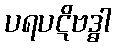
ပရပဋိဗဒ္ဓါ